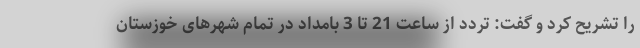
را تشریح کرد و گفت: تردد از ساعت 21 تا 3 بامداد در تمام شهرهای خوزستان